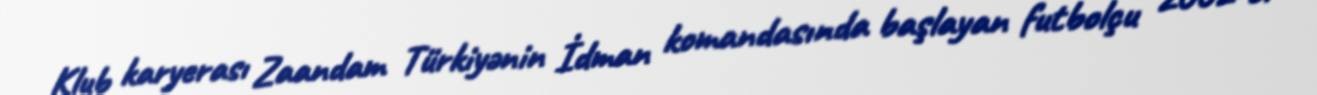
Klub karyerası Zaandam Türkiyənin İdman komandasında başlayan futbolçu 2002-ci